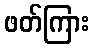
ဖတ်ကြား